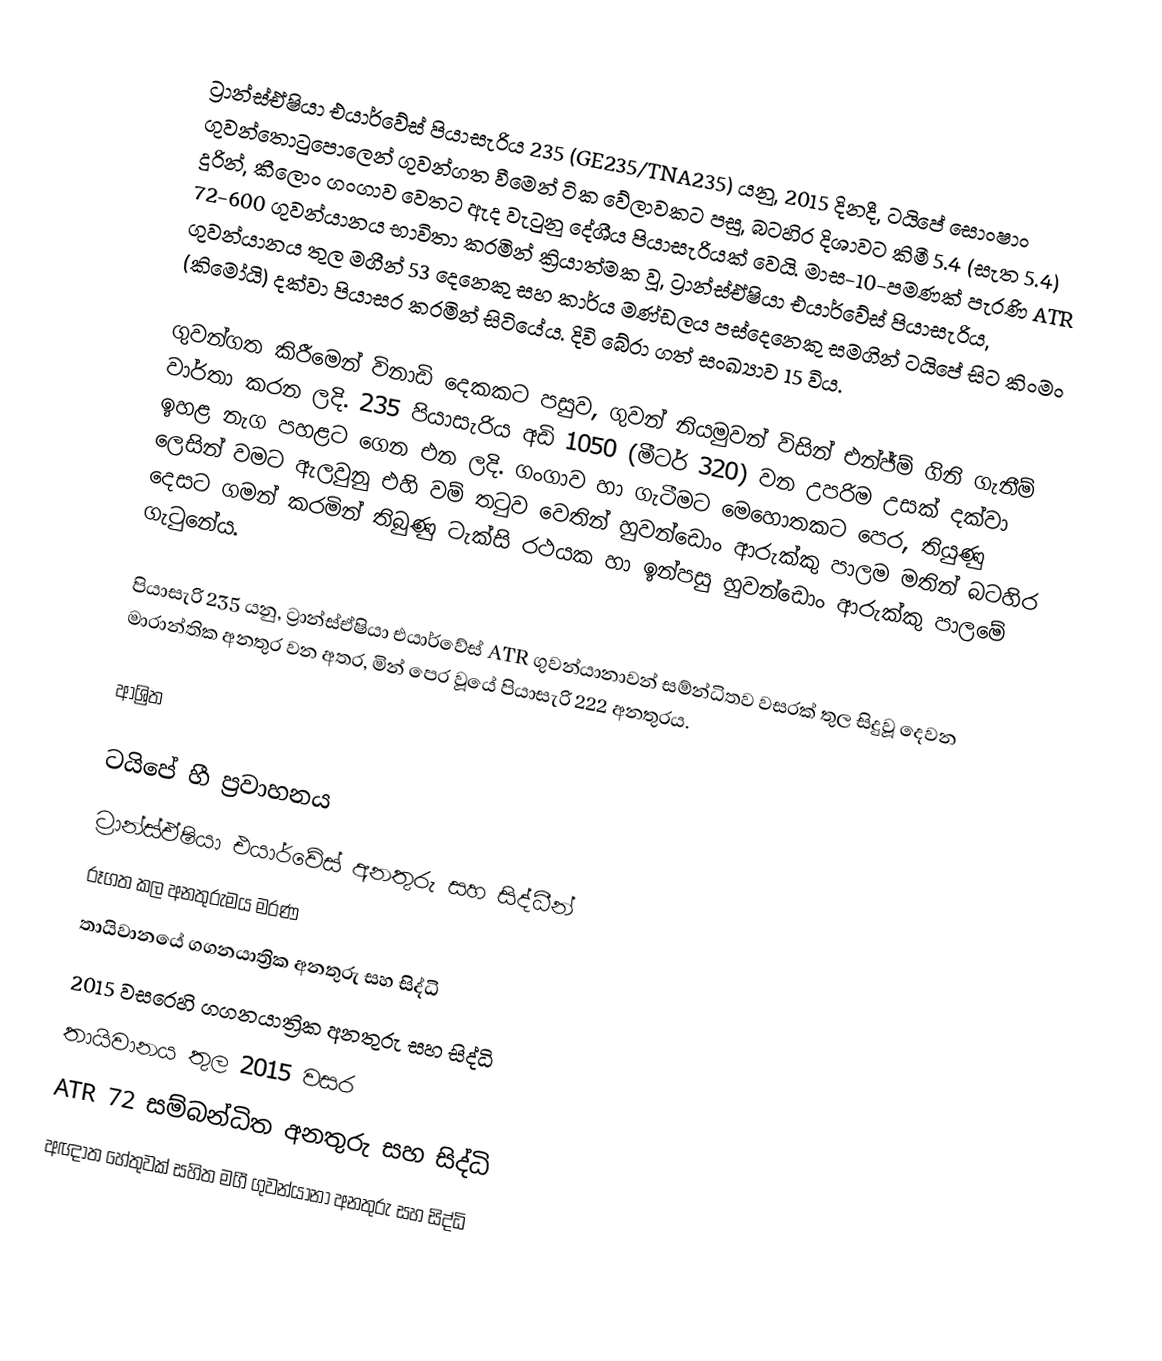
ට්‍රාන්ස්ඒෂියා එයාර්වේස් පියාසැරිය 235 (GE235/TNA235) යනු,  2015  දිනදී,  ටයිපේ සොංෂාං ගුවන්තොටුපොලෙන් ගුවන්ගත වීමෙන් ටික වේලාවකට පසු, බටහිර දිශාවට  කිමී 5.4 (සැත 5.4)  දුරින්,  කීලොං ගංගාව වෙතට ඇද වැටුනු දේශීය පියාසැරියක් වෙයි.  මාස-10-පමණක් පැරණි  ATR 72-600 ගුවන්යානය භාවිතා කරමින් ක්‍රියාත්මක වූ, ට්‍රාන්ස්ඒෂියා එයාර්වේස් පියාසැරිය, ගුවන්යානය තුල මගීන් 53 දෙනෙකු සහ කාර්ය මණ්ඩලය පස්දෙනෙකු සමගින් ටයිපේ සිට කිංමං (කිමෝයි) දක්වා පියාසර කරමින් සිටියේය. දිවි බේරා ගත් සංඛ්‍යාව 15 විය.

ගුවන්ගත කිරීමෙන් විනාඩි දෙකකට පසුව, ගුවන් නියමුවන් විසින්  එන්ජ්ම් ගිනි ගැනීම් වාර්තා කරන ලදි. 235 පියාසැරිය අඩි 1050 (මීටර් 320)   වන උපරිම උසක් දක්වා ඉහළ නැග  පහළට ගෙන එන ලදි. ගංගාව හා ගැටීමට මෙහොතකට පෙර,  තියුණු ලෙසින් වමට ඇලවුනු  එහි වම් තටුව වෙතින්  හුවන්ඩොං ආරුක්කු පාලම මතින් බටහිර දෙසට ගමන් කරමින් තිබුණු ටැක්සි රථයක හා ඉන්පසු  හුවන්ඩොං ආරුක්කු පාලමේ ගැටුනේය.

පියාසැරි 235 යනු,  ට්‍රාන්ස්ඒෂියා එයාර්වේස් ATR ගුවන්යානාවන් සම්න්ධිතව වසරක් තුල සිදුවූ දෙවන මාරාන්තික අනතුර වන අතර, මින් පෙර වූයේ  පියාසැරි  222 අනතුරය.

ආශ්‍රිත

ටයිපේ හී ප්‍රවාහනය
ට්‍රාන්ස්ඒෂියා එයාර්වේස් අනතුරු සහ සිද්ධීන්
රූගත කල අනතුරුමය මරණ
තායිවානයේ ගගනයාත්‍රික අනතුරු සහ සිද්ධි
2015 වසරෙහි ගගනයාත්‍රික අනතුරු සහ සිද්ධි
තායිවානය තුල 2015 වසර
ATR 72 සම්බන්ධිත අනතුරු සහ සිද්ධි
අඥාත හේතුවක් සහිත මගී ගුවන්යානා අනතුරු සහ සිද්ධි